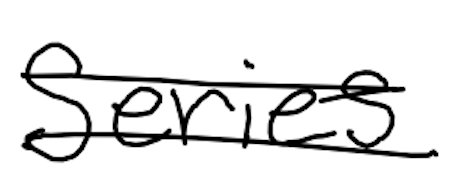
Text: series
Cross-out: double-line
Writing tool: digital_black